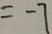
= - 7